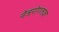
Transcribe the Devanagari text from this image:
नेत्ररोगतज्ञ